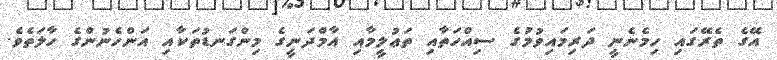
އޭގެ ތެރޭގައި ހިމެނެނީ ދަރިމައިވުމުގެ ސިއްހަތާއި ތަޢުލީމާއި އާމްދަނީގެ މިންގަނޑުތަކާއި އަންހެނުންގެ ހާލަތެވެ.